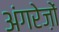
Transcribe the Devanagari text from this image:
अंगरेज़ों